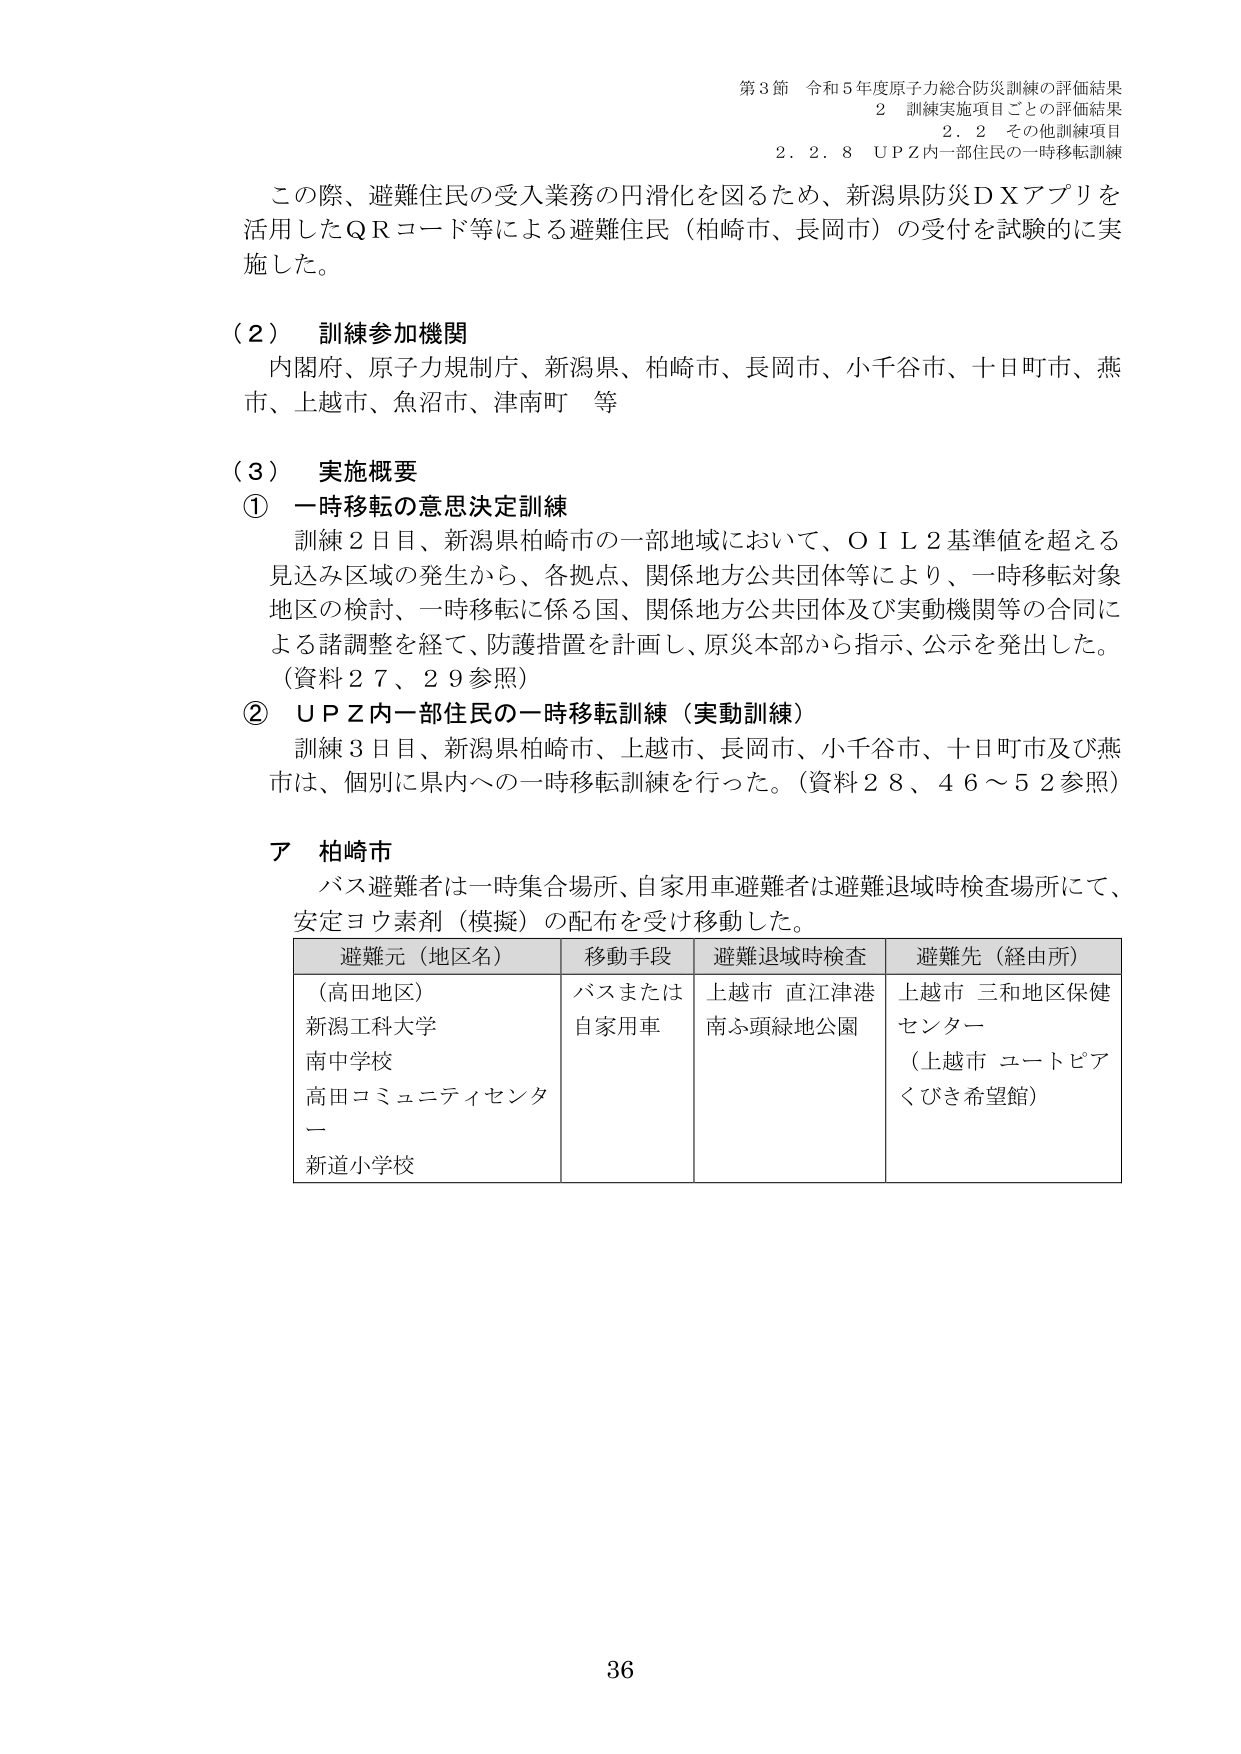
第3節 令和5年度原子力総合防災訓練の評価結果
2 訓練実施項目ごとの評価結果
2.2 その他訓練項目
2.2.8 UPZ内一部住民の一時移転訓練

この際、避難住民の受入業務の円滑化を図るため、新潟県防災DXアプリを活用したQRコード等による避難住民（柏崎市、長岡市）の受付を試験的に実施した。

（2） 訓練参加機関
内閣府、原子力規制庁、新潟県、柏崎市、長岡市、小千谷市、十日町市、燕市、上越市、魚沼市、津南町 等

（3） 実施概要
① 一時移転の意思決定訓練
訓練2日目、新潟県柏崎市の一部地域において、OIL2基準値を超える見込み区域の発生から、各拠点、関係地方公共団体等により、一時移転対象地区の検討、一時移転に係る国、関係地方公共団体及び実動機関等の合同による諸調整を経て、防護措置を計画し、原災本部から指示、公示を発出した。
（資料27、29参照）

② UPZ内一部住民の一時移転訓練（実動訓練）
訓練3日目、新潟県柏崎市、上越市、長岡市、小千谷市、十日町市及び燕市は、個別に県内への一時移転訓練を行った。（資料28、46～52参照）

ア 柏崎市
バス避難者は一時集合場所、自家用車避難者は避難退域時検査場所にて、安定ヨウ素剤（模擬）の配布を受け移動した。

避難元（地区名） 移動手段 避難退域時検査 避難先（経由所）
（高田地区） バスまたは 上越市 直江津港 上越市 三和地区保健
新潟工科大学 自家用車 南ふ頭緑地公園 センター
南中学校
高田コミュニティセンター
（上越市 ユートピア
くびき希望館）
新道小学校

36